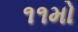
૧૧મો